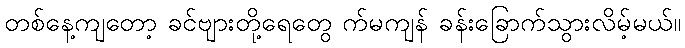
တစ်နေ့ကျတော့ ခင်ဗျားတို့ရေတွေ က်မကျန် ခန်းခြောက်သွားလိမ့်မယ်။